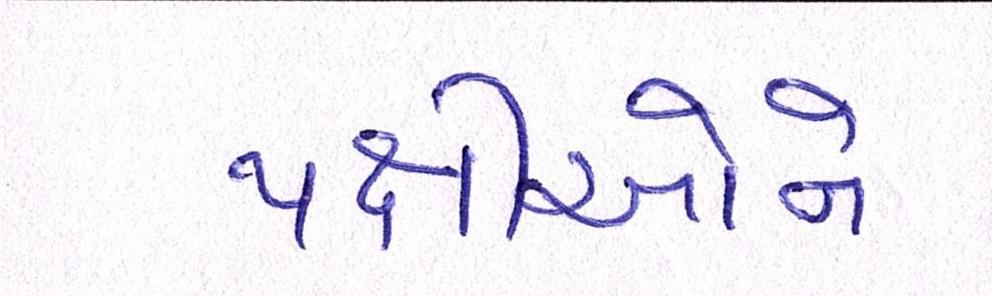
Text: પક્ષીઓને